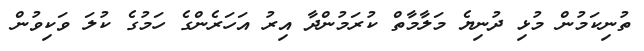
ތުނިކަމުން މުޅި ދުނިޔެ މަލާމާތް ކުރަމުންދާ އިރު އަހަރެންގެ ހަމުގެ ކުލަ ވަކިވުން